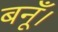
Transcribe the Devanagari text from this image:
बनूँ।